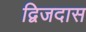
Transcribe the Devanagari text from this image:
द्विजदास